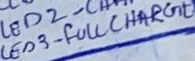
Text: LED3 - FULL CHARGE